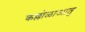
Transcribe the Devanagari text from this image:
कल्लोळाआतु